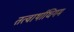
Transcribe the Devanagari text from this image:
तत्वार्थाधिगम